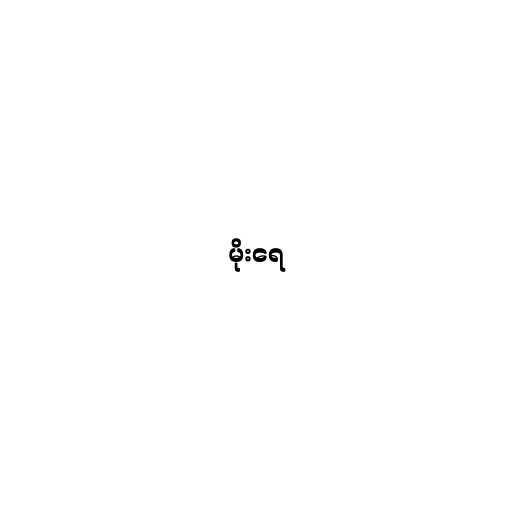
မိုးရေ